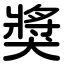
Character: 獎